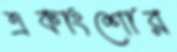
একাংশোর